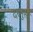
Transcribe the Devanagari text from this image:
दरमुस